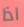
اذا